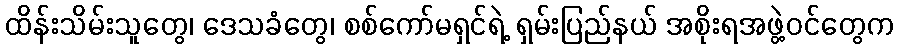
ထိန်းသိမ်းသူတွေ၊ ဒေသခံတွေ၊ စစ်ကော်မရှင်ရဲ့ ရှမ်းပြည်နယ် အစိုးရအဖွဲ့ဝင်တွေက